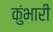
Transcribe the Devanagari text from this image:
कुंभारी